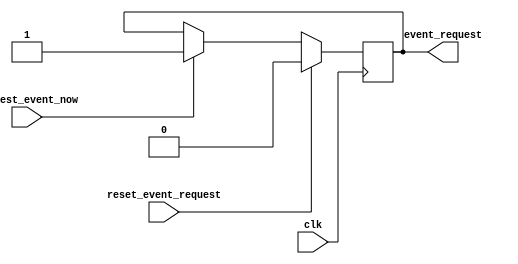
module event_request_handler
(
input clk,
output reg event_request = 0,
input reset_event_request,
input request_event_now
);


always @(posedge clk)
begin
	  if (reset_event_request)
		begin
			 event_request <= 0;
		end else
		begin
			  if (request_event_now)
				begin
					 event_request <= 1;
				end
			 
		end
end

endmodule